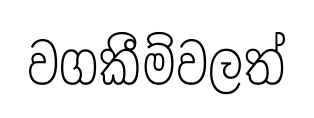
වගකීම්වලත්